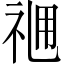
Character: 𥙓